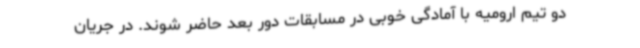
دو تیم ارومیه با آمادگی خوبی در مسابقات دور بعد حاضر شوند. در جریان